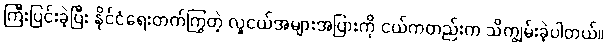
ကြီးပြင်းခဲ့ပြီး နိုင်ငံရေးတက်ကြွတဲ့ လူငယ်အများအပြားကို ငယ်ကတည်းက သိကျွမ်းခဲ့ပါတယ်။